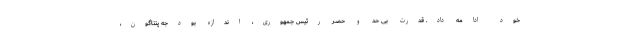
خود ادامه داد. قدرت بی حد و حصر رئیس جمهوری، اندازه بودجه پنتاگون،